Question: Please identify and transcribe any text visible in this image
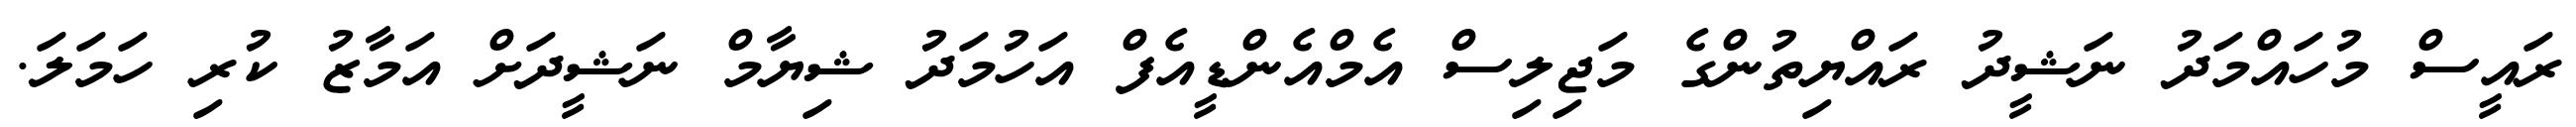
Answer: ރައީސް މުހައްމަދު ނަޝީދު ރައްޔިތުންގެ މަޖިލިސް އެމްއެންޑީއެފް އަހުމަދު ޝިޔާމް ނަޝީދަށް އަމާޒު ކުރި ހަމަލަ.